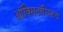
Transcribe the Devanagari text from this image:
ऑक्सिटॉसिनचे